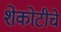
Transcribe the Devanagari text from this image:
शेकोटीचे